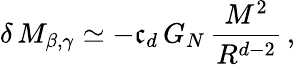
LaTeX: \delta\, M_{\beta,\gamma}\simeq-\mathfrak{c}_{d}\, G_{N}\, \frac{{M^{2}}}{{R^{d-2}}}\, ,